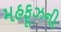
મહફૂઝની